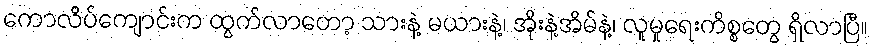
ကောလိပ်ကျောင်းက ထွက်လာတော့ သားနဲ့ မယားနဲ့၊ အိုးနဲ့အိမ်နဲ့၊ လူမှုရေးကိစ္စတွေ ရှိလာပြီ။